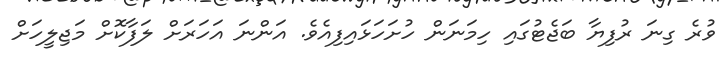
ވުރެ ގިނަ ރުފިޔާ ބަޖެޓުގައި ހިމަނަން ހުށަހަޅައިފިއެވެ. އަންނަ އަހަރަށް ލަފާކޮށް މަޖިލީހަށް